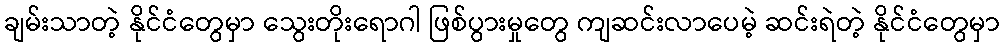
ချမ်းသာတဲ့ နိုင်ငံတွေမှာ သွေးတိုးရောဂါ ဖြစ်ပွားမှုတွေ ကျဆင်းလာပေမဲ့ ဆင်းရဲတဲ့ နိုင်ငံတွေမှာ